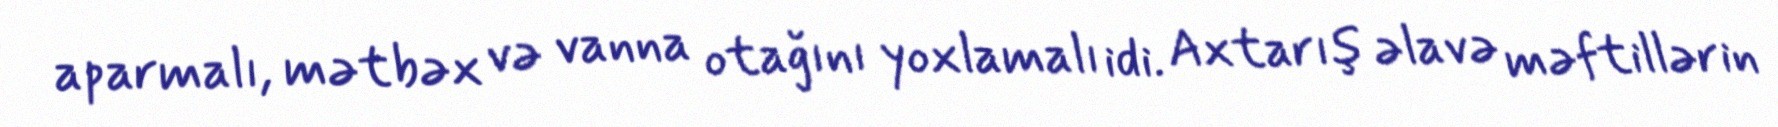
aparmalı, mətbəx və vanna otağını yoxlamalı idi. Axtarış əlavə məftillərin